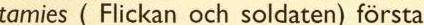
tamies ( Flickan och soldaten) första